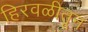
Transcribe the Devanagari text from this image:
हिरवळीतून